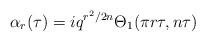
LaTeX: \begin{align*}\alpha_r(\tau)=iq^{r^2/2n}\Theta_1(\pi r \tau,n \tau)\end{align*}